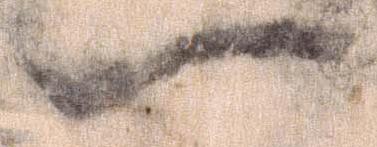
一